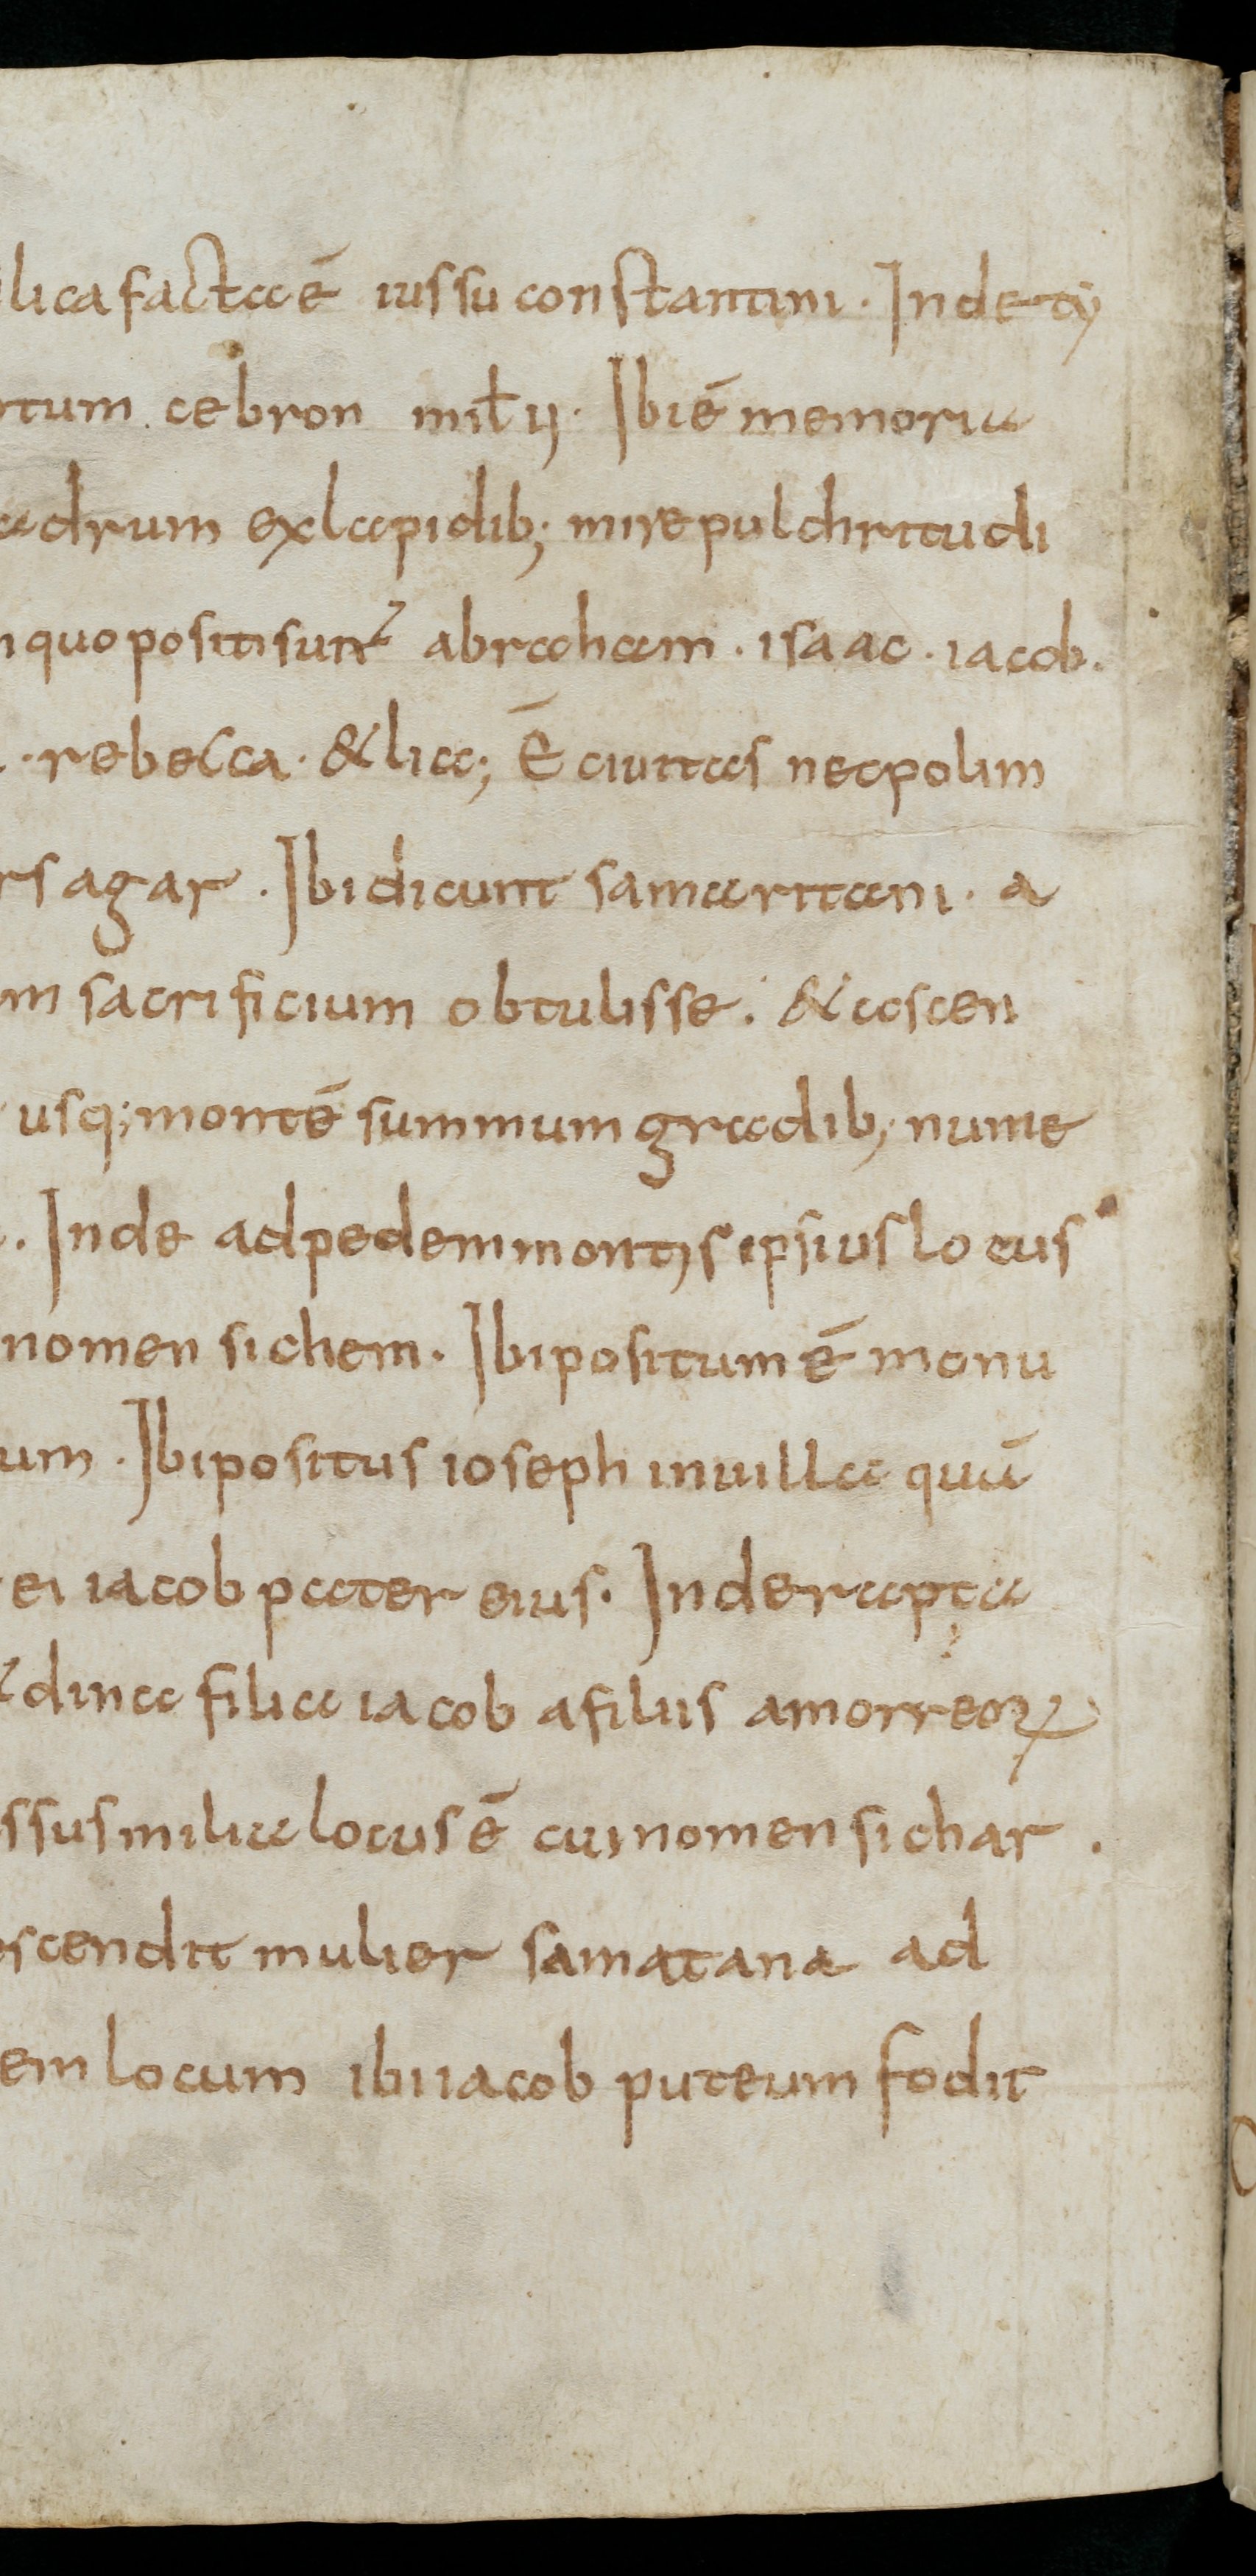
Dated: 800–899